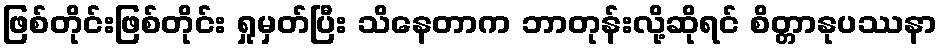
ဖြစ်တိုင်းဖြစ်တိုင်း ရှုမှတ်ပြီး သိနေတာက ဘာတုန်းလို့ဆိုရင် စိတ္တာနုပဿနာ